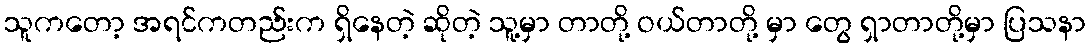
သူကတော့ အရင်ကတည်းက ရှိနေတဲ့ ဆိုတဲ့ သူ့မှာ တာတို့ ဝယ်တာတို့ မှာ တွေ ရှာတာတို့မှာ ပြသနာ